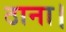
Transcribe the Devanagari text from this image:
ठाना।